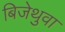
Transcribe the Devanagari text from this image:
बिजेथुवा